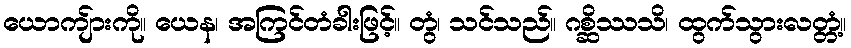
ယောကျ်ားကို။ ယေန၊ အကြင်တံခါးဖြင့်။ တွံ၊ သင်သည်။ ဂစ္ဆိဿသိ၊ ထွက်သွားလတ္တံ့။